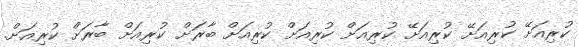
ކުރިއަށޭ ކުރިއަށޭ ކުރިއަށޭ ކުރިއަށް ކުރިއަށް ކުރިއަށް ބާރަށް ކުރިއަށް ބާރަށް ކުރިއަށް.